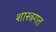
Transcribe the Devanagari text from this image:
शास्त्रगत